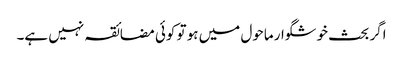
اگر بحث خوشگوار ماحول میں ہو تو کوئی مضائقہ نہیں ہے۔